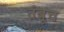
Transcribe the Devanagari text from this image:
तंबूच